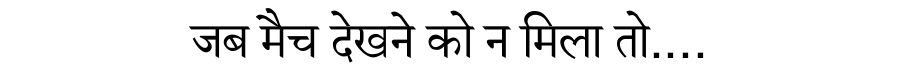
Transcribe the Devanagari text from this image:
जब मैच देखने को न मिला तो....